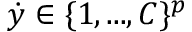
\dot { y } \in \{ 1 , . . . , C \} ^ { p }